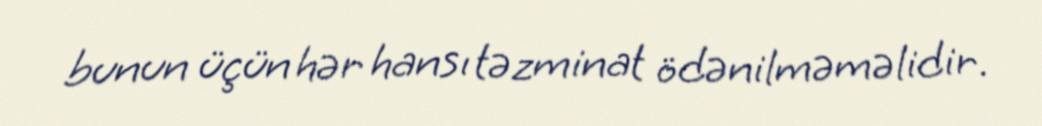
bunun üçün hər hansı təzminat ödənilməməlidir.